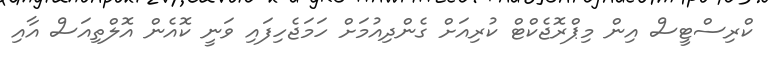
ކްރިސްޓީސް އިން މިޕްރޮޖެކްޓް ކުރިއަށް ގެންދިއުމަށް ހަމަޖެހިފައި ވަނީ ކޮއެން އޮލްތިއަސް އާއި